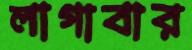
লাগাবার